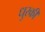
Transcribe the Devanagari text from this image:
धुरकी